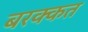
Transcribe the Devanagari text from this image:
बरक्कत